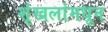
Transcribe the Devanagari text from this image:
शृंखलांमधून